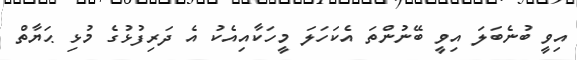
އިވީ ބުނެބަލަ އިވީ ބޭނުންތަ އެކަހަލަ މީހަކާއިއެކު އެ ދަރިފުޅުގެ މުޅި ޙަޔާތް